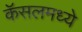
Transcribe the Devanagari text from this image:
कॅसलमध्ये